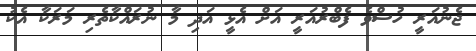
ޖެނުއަރީ ހުސްވެ ފެބްރުއަރީ އަށް އެޅީ އަދި މާ ނުރައްކާތެރި މަރަކާ އެކު